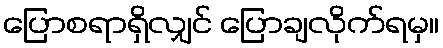
ပြောစရာရှိလျှင် ပြောချလိုက်ရမှ။